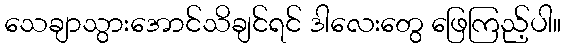
သေချာသွားအောင်သိချင်ရင် ဒါလေးတွေ ဖြေကြည့်ပါ။